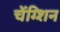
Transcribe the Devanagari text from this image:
चेंग्शिन